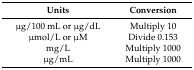
<table><thead><tr><td><b>Units</b></td><td><b>Conversion </b></td></tr></thead><tbody><tr><td>μg/100 mL or μg/dL</td><td>Multiply 10</td></tr><tr><td>μmol/L or μM</td><td>Divide 0.153</td></tr><tr><td>mg/L</td><td>Multiply 1000</td></tr><tr><td>μg/mL</td><td>Multiply 1000</td></tr></tbody></table>